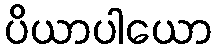
ပိယာပါယော